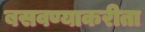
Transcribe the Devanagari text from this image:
बसवण्याकरीता